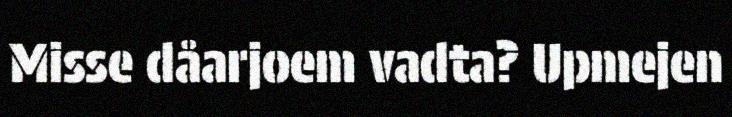
Misse dåarjoem vadta? Upmejen